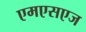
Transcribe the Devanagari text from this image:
एमएसएज